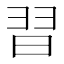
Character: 𮊸